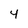
Character: 4